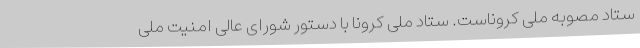
ستاد مصوبه ملی کروناست. ستاد ملی کرونا با دستور شورای عالی امنیت ملی